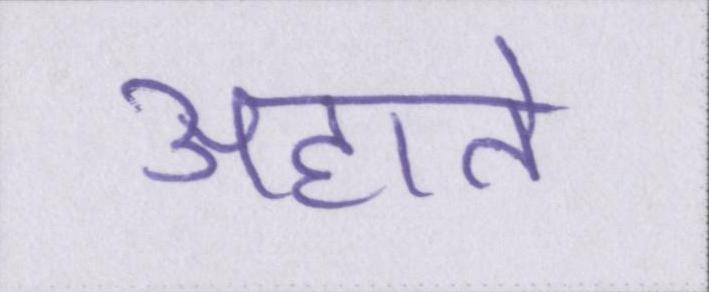
अहाते